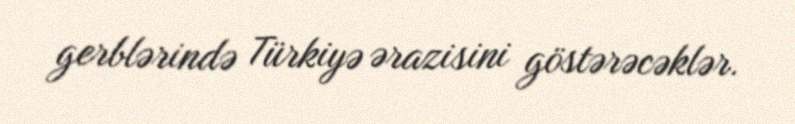
gerblərində Türkiyə ərazisini göstərəcəklər.